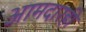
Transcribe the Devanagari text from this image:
आमदारही